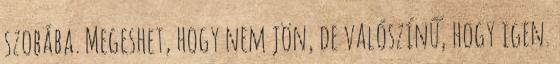
szobába. Megeshet, hogy nem jön, de valószínű, hogy igen.